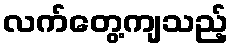
လက်တွေ့ကျသည့်